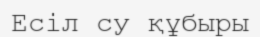
Есіл су құбыры